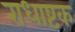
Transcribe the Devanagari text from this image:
राधाष्टक